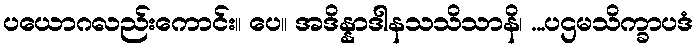
ပယောဂလည်းကောင်း။ ပေ။ အဒိန္နာဒါနသသိသာနိ၊ ...ပဌမသိက္ခာပဒံ